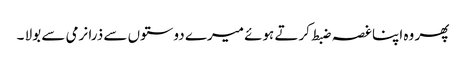
پھر وہ اپنا غصہ ضبط کرتے ہوئے میرے دوستوں سے ذرا نرمی سے بولا ۔